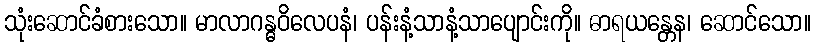
သုံးဆောင်ခံစားသော။ မာလာဂန္ဓဝိလေပနံ၊ ပန်းနံ့သာနံ့သာပျောင်းကို။ ဓာရယန္တေန၊ ဆောင်သော။